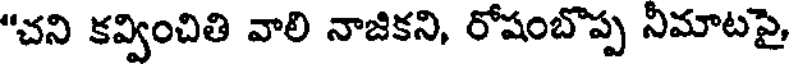
"చని కవ్వించితి వాలి నాజికని, రోషంబొప్ప నిమాటపై,